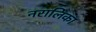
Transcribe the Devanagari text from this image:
नरालिका